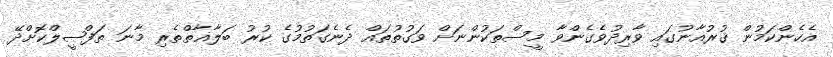
އެހެންކަމުން ޤުރުއާނުގައި ވާރިދުވެގެންވާ މީސްތަކުންނަށް ވަގުތުތައް ދެނެގަތުމުގެ ކުރު ބަލާޣާތްތެރި މާނަ ތަފްޞީލްކޮށްދޭ